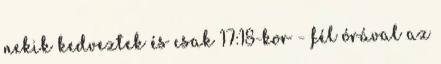
nekik kedveztek és csak 17:18-kor - fél órával az